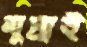
মুদ্রাই